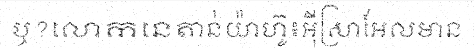
ឬ?លោកនេតាន់យ៉ាហ៊ូ៖អ៊ីស្រាអែលមាន